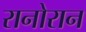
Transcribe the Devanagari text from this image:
रानोरान